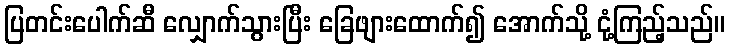
ပြတင်းပေါက်ဆီ လျှောက်သွားပြီး ခြေဖျားထောက်၍ အောက်သို့ ငုံ့ကြည့်သည်။